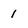
Character: 1